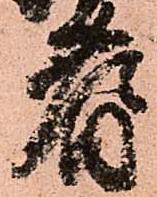
耆